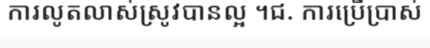
ការលូតលាស់ស្រូវបានល្អ ។ជ. ការប្រើប្រាស់